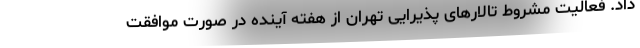
داد. فعالیت مشروط تالارهای پذیرایی تهران از هفته آینده در صورت موافقت